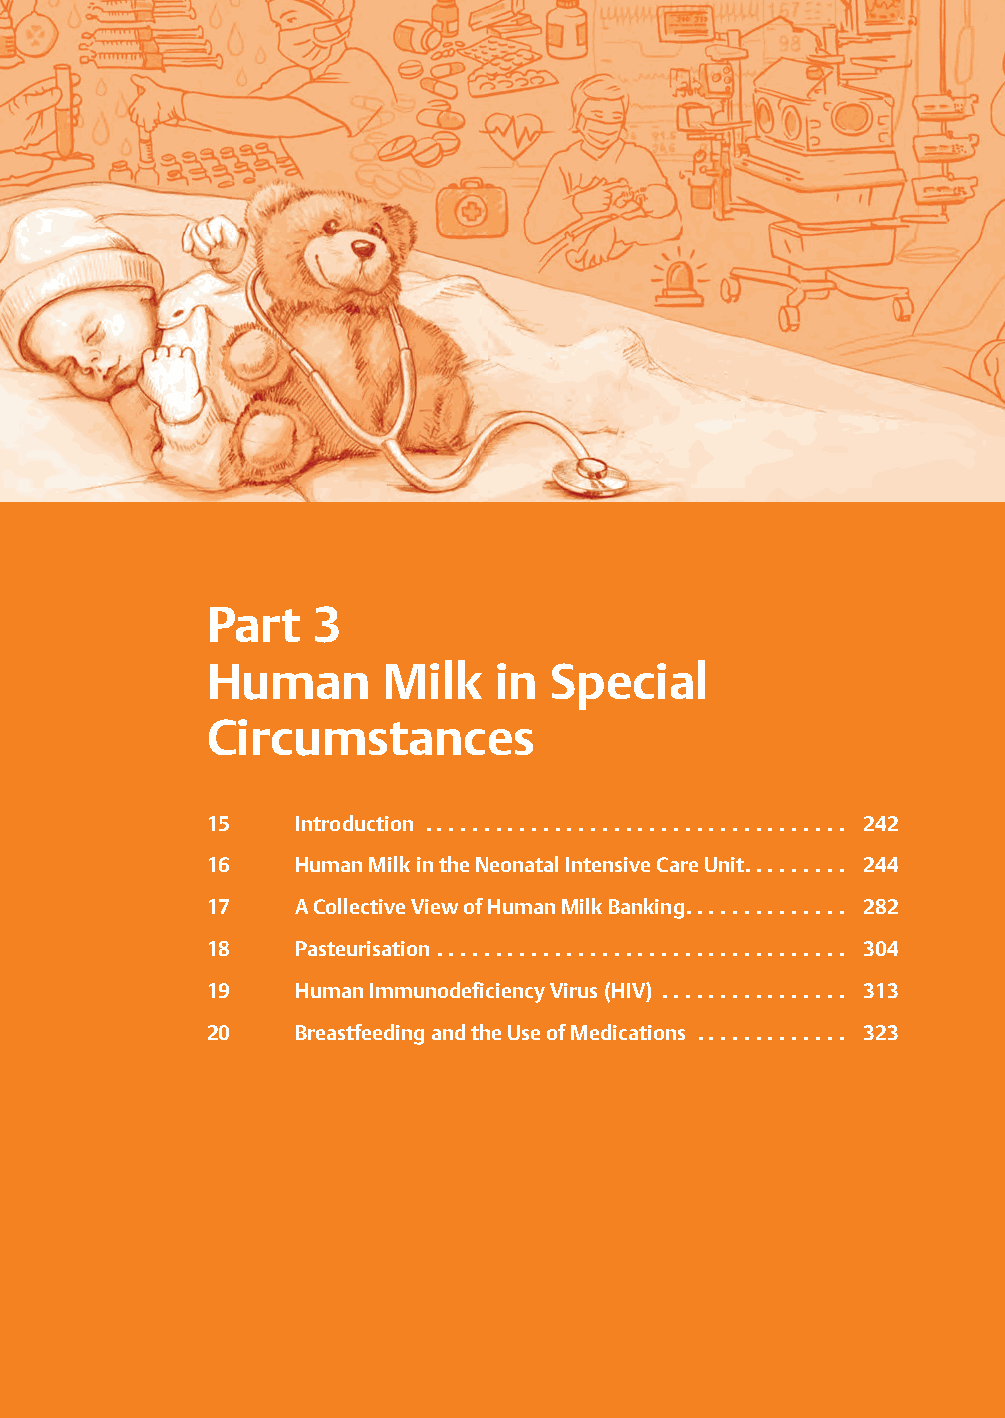
Part   3
 Human       Milk   in  Special
 Circumstances
 15    Introduction .................................... 242
 16    HumanMilkintheNeonatalIntensiveCareUnit......... 244
 17    ACollectiveViewofHumanMilkBanking.............. 282
 18    Pasteurisation ................................... 304
 19    HumanImmunodeficiencyVirus(HIV) ................ 313
 20    BreastfeedingandtheUseofMedications ............. 323